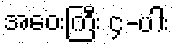
အဝေးကြီး ၄-ပါး